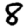
Digit: 8